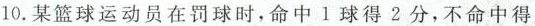
10.某篮球运动员在罚球时，命中1球得2分，不命中得